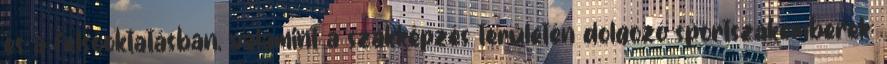
és a felsőoktatásban, valamint a szakképzés területén dolgozó sportszakemberek;